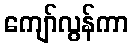
ကျော်လွန်ကာ